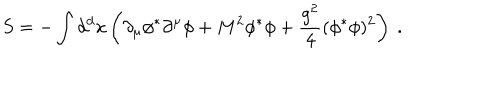
S = - \int d ^ { d } x \left( \partial _ { \mu } \phi ^ { * } \partial ^ { \mu } \phi + M ^ { 2 } \phi ^ { * } \phi + \frac { g ^ { 2 } } { 4 } ( \phi ^ { * } \phi ) ^ { 2 } \right) \ .